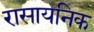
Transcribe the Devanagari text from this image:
रासायनिक